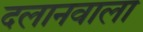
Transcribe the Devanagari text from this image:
दलानवाला